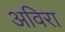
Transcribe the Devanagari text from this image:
अविरा